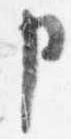
申